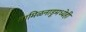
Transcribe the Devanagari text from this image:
तामिळनाडूमध्येही